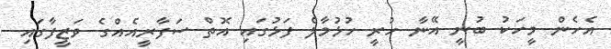
އެހެން މީހަކު ބުނީ އޭނާ ހުރީ ހުޅުމާލެ ފަޅުގައި އޮތް ސަފާރީއެއްގެ ވަޒީފާގައި